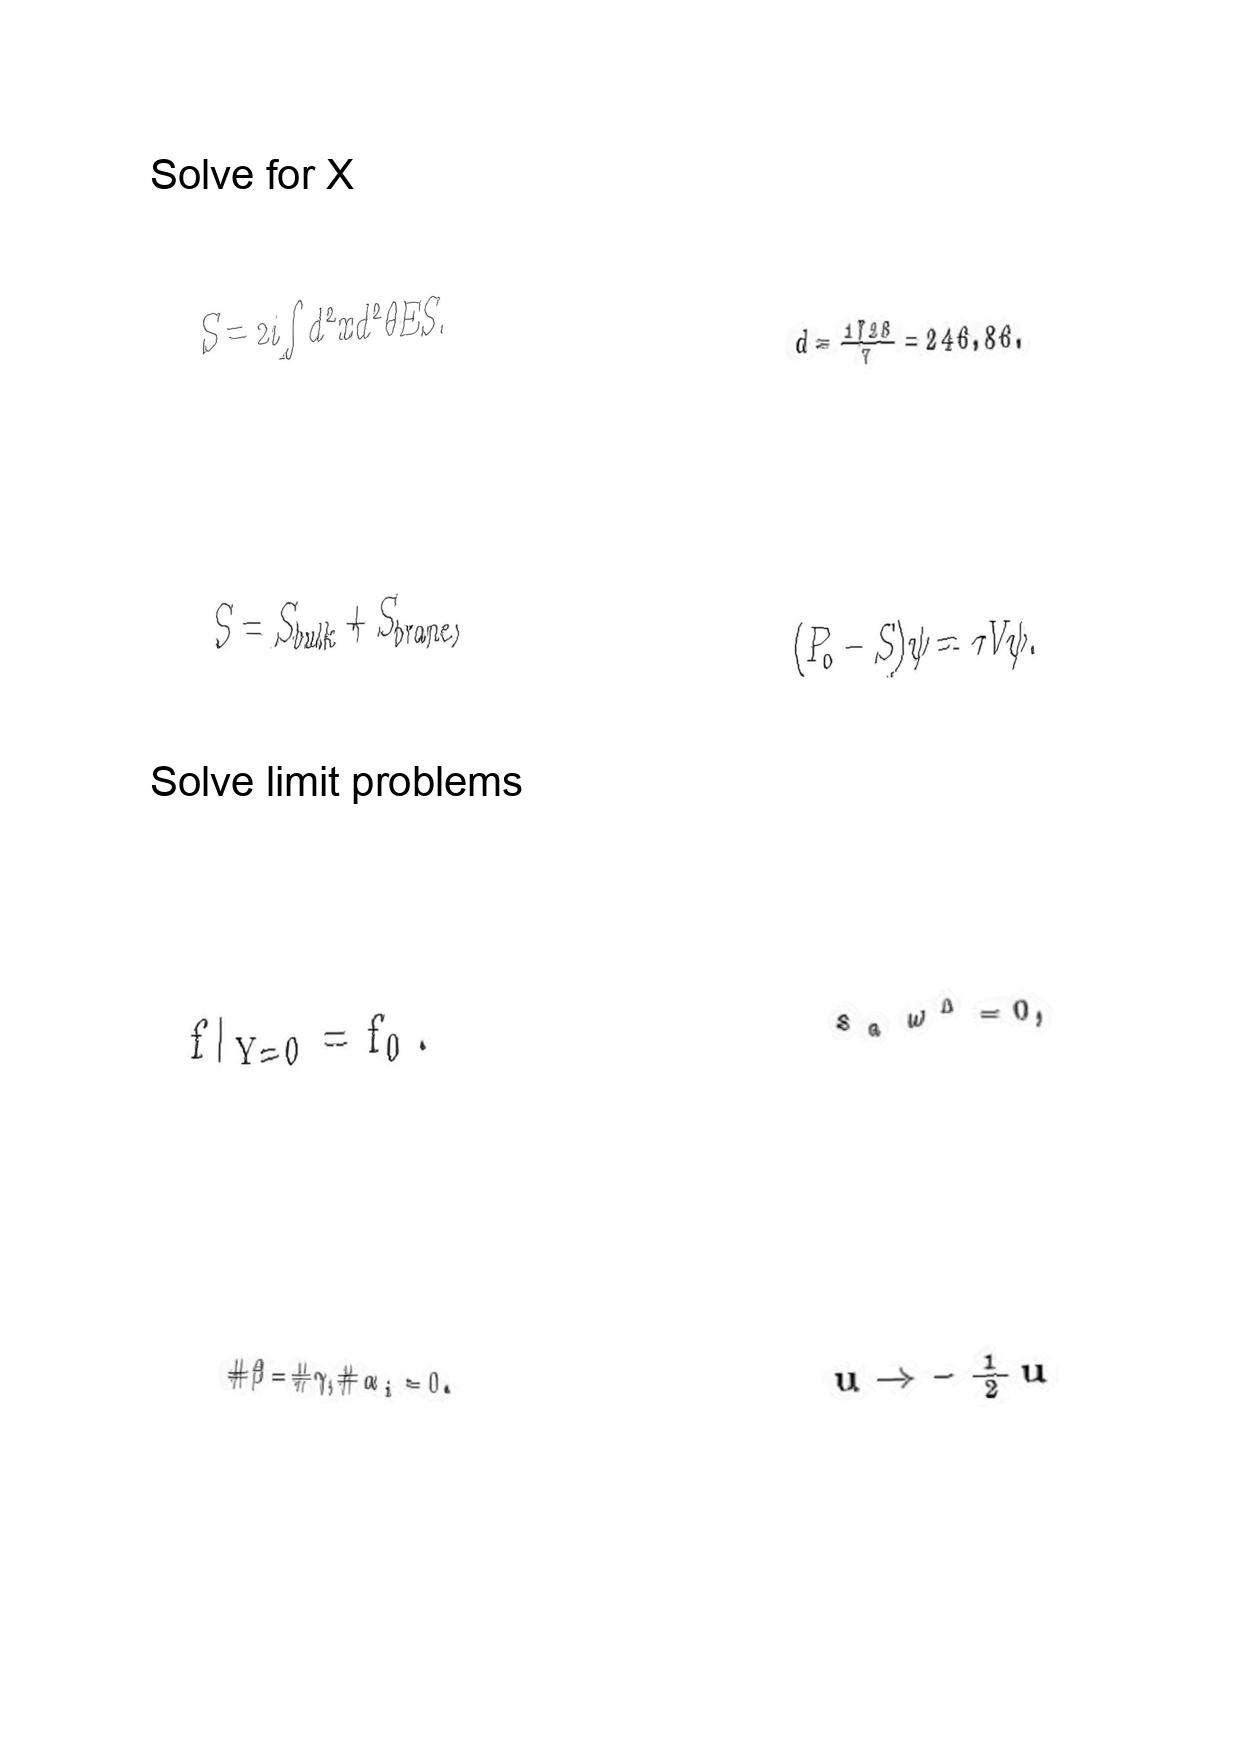
LaTeX transcription:
S = 2 i \int d ^ { 2 } x d ^ { 2 } \theta E S .
S = S _ { b u l k } + S _ { b r a n e } ,
f \vert _ { Y = 0 } = f _ { 0 } .
\# \beta = \# \gamma , \# \alpha _ { i } = 0 .
d = \frac { 1 7 2 8 } { 7 } = 2 4 6 . 8 6 .
\lparen P _ { 0 } - S \rparen \psi = \tau V \psi .
s _ { a } \omega ^ { \Delta } = 0 ,
u \rightarrow - \frac { 1 } { 2 } u